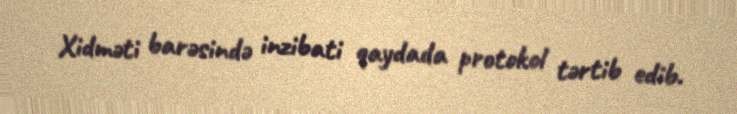
Xidməti barəsində inzibati qaydada protokol tərtib edib.